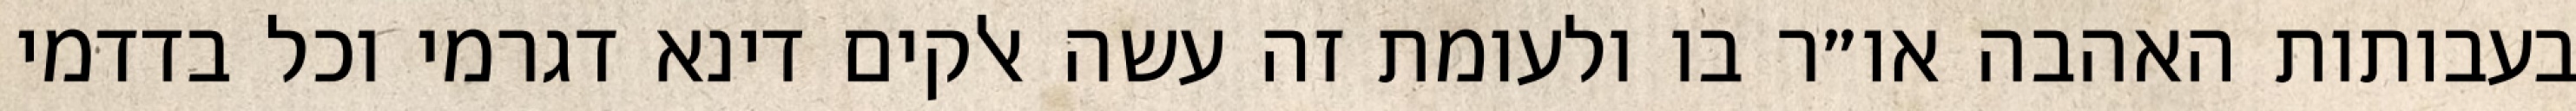
בעבותות האהבה או״ר בו ולעומת זה עשה אלקים דינא דגרמי וכל בדדמי